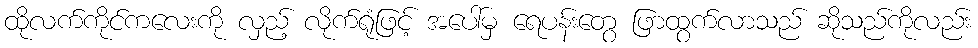
ထိုလက်ကိုင်ကလေးကို လှည့် လိုက်ရုံဖြင့် အပေါ်မှ ရေပန်းတွေ ဖြာထွက်လာသည် ဆိုသည်ကိုလည်း